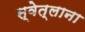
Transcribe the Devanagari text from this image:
स्वेत्लाना